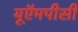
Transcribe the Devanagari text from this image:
यूऍमपीसी